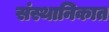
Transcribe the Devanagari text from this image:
संस्थानिकात